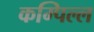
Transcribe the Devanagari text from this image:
कम्पिल्ल